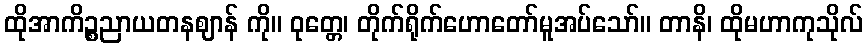
ထိုအာကိဉ္စညာယတနဈာန် ကို။ ဝုတ္တေ၊ တိုက်ရိုက်ဟောတော်မူအပ်သော်။ တာနိ၊ ထိုမဟာကုသိုလ်